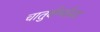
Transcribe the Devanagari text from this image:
चातुर्वर्ण्यस्य